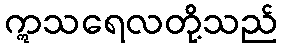
ဣသရေလတို့သည်